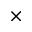
\times